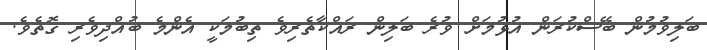
ބަލިވުމުން ބޭސްކުރަން އުޅުމަށް ވުރެ ބަލިން ރައްކާތެރިވެ ތިބުމަކީ އެންމެ ބުއްދިވެރި ގޮތެވެ.